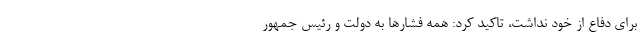
برای دفاع از خود نداشت، تاکید کرد: همه فشارها به دولت و رئیس جمهور